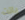
باتت